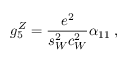
g _ { 5 } ^ { Z } = \frac { e ^ { 2 } } { s _ { W } ^ { 2 } c _ { W } ^ { 2 } } \alpha _ { 1 1 } \; ,